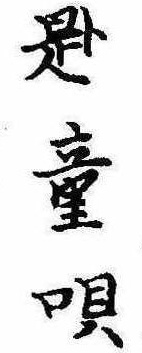
題童唄